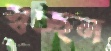
স্বচ্ছন